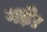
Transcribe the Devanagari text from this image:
गढ़े।